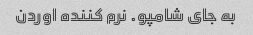
به جای شامپو. نرم کننده اوردن